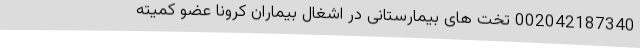
002042187340 تخت‌ های بیمارستانی در اشغال بیماران کرونا عضو کمیته